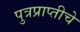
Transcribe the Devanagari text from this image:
पुत्रप्राप्‍तीचे